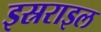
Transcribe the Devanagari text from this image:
इस्रराइल